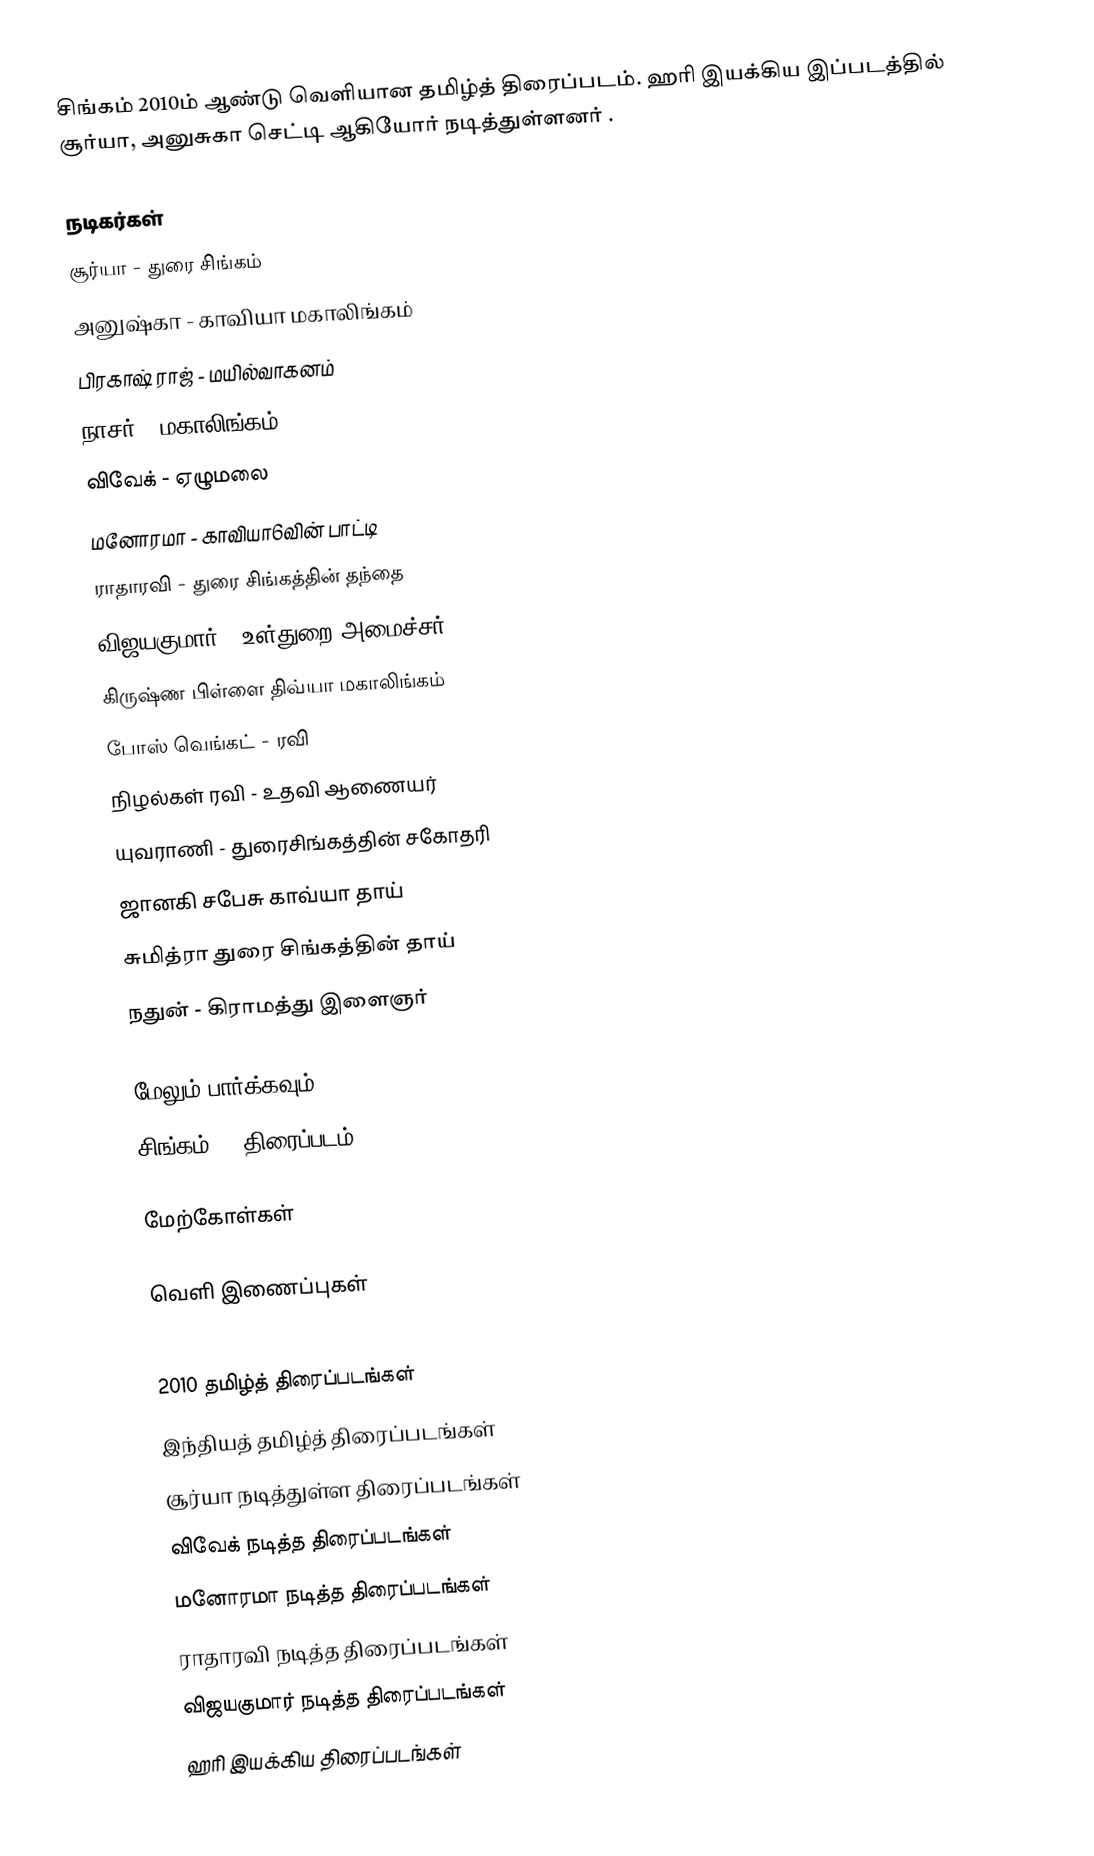
சிங்கம் 2010ம் ஆண்டு வெளியான தமிழ்த் திரைப்படம். ஹரி இயக்கிய இப்படத்தில் சூர்யா, அனுசுகா செட்டி ஆகியோர் நடித்துள்ளனர்  .

நடிகர்கள்
 சூர்யா - துரை சிங்கம்
 அனுஷ்கா - காவியா மகாலிங்கம்
 பிரகாஷ் ராஜ் - மயில்வாகனம்
 நாசர் - மகாலிங்கம்
 விவேக் - ஏழுமலை
 மனோரமா - காவியா6வின் பாட்டி
 ராதாரவி - துரை சிங்கத்தின் தந்தை
 விஜயகுமார் - உள்துறை அமைச்சர்
 கிருஷ்ண பிள்ளை திவ்யா மகாலிங்கம்
 போஸ் வெங்கட் - ரவி
 நிழல்கள் ரவி - உதவி ஆணையர்
 யுவராணி - துரைசிங்கத்தின் சகோதரி
 ஜானகி சபேசு காவ்யா தாய்
 சுமித்ரா துரை சிங்கத்தின் தாய்
 நதுன் - கிராமத்து இளைஞர்

மேலும் பார்க்கவும்
 சிங்கம் 2 (திரைப்படம்)

மேற்கோள்கள்

வெளி இணைப்புகள்

2010 தமிழ்த் திரைப்படங்கள்
இந்தியத் தமிழ்த் திரைப்படங்கள்
சூர்யா நடித்துள்ள திரைப்படங்கள்
விவேக் நடித்த திரைப்படங்கள்
மனோரமா நடித்த திரைப்படங்கள்
ராதாரவி நடித்த திரைப்படங்கள்
விஜயகுமார் நடித்த திரைப்படங்கள்
ஹரி இயக்கிய திரைப்படங்கள்